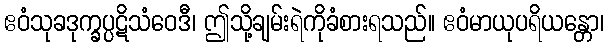
ဧဝံသုခဒုက္ခပ္ပဋိသံဝေဒီ၊ ဤသို့ချမ်းရဲကိုခံစားရသည်။ ဧဝံမာယုပရိယန္တော၊